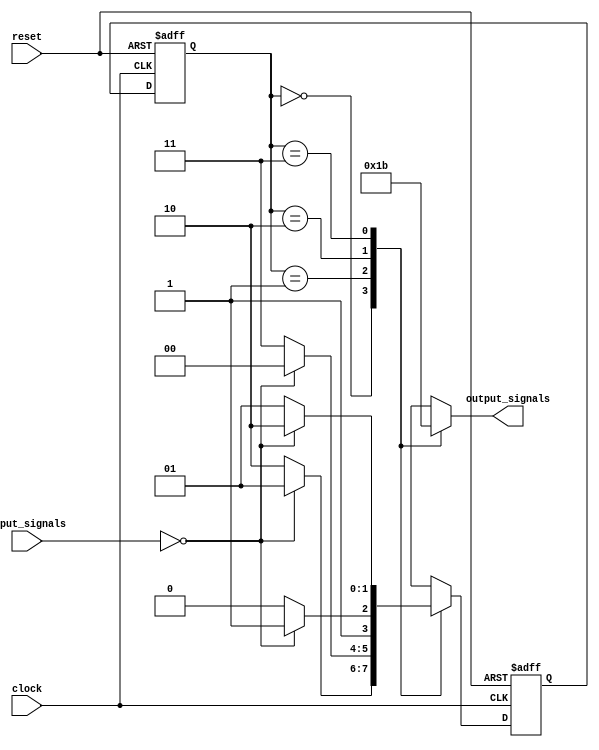
module fsm(
    input clock,
    input reset,
    input [1:0] input_signals,
    output reg [1:0] output_signals
);

// Define state variables
reg [1:0] current_state;
reg [1:0] next_state;

// Define state transition conditions
parameter STATE_A = 2'b00;
parameter STATE_B = 2'b01;
parameter STATE_C = 2'b10;
parameter STATE_D = 2'b11;

// Define output signals based on the current state
always @(*) begin
    case(current_state)
        STATE_A: output_signals = 2'b00;
        STATE_B: output_signals = 2'b01;
        STATE_C: output_signals = 2'b10;
        STATE_D: output_signals = 2'b11;
        default: output_signals = 2'b00;
    endcase
end

// Define state transition logic
always @(posedge clock, posedge reset) begin
    if(reset) begin
        current_state <= STATE_A;
        next_state <= STATE_A;
    end else begin
        current_state <= next_state;
        case(current_state)
            STATE_A: begin
                if(input_signals == 2'b00)
                    next_state <= STATE_B;
                else
                    next_state <= STATE_C;
            end
            STATE_B: begin
                if(input_signals == 2'b00)
                    next_state <= STATE_A;
                else
                    next_state <= STATE_D;
            end
            STATE_C: begin
                if(input_signals == 2'b00)
                    next_state <= STATE_D;
                else
                    next_state <= STATE_C;
            end
            STATE_D: begin
                if(input_signals == 2'b00)
                    next_state <= STATE_C;
                else
                    next_state <= STATE_B;
            end
        endcase
    end
end

endmodule